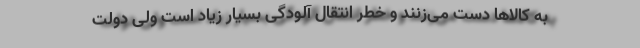
به کالاها دست می‌زنند و خطر انتقال آلودگی بسیار زیاد است ولی دولت